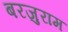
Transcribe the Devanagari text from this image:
बरजुराम